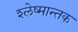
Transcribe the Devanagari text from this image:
श्‍लेष्मान्तक